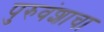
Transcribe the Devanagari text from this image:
पुरुवंशाचा